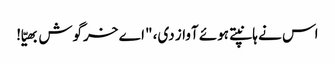
اس نے ہانپتے ہوئے آواز دی، "اے خرگوش بھیّا!